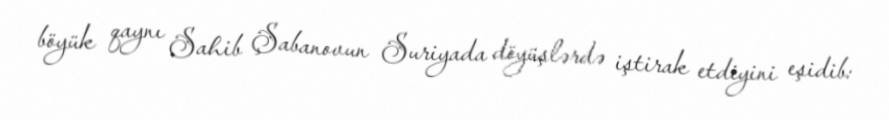
böyük qaynı Sahib Şabanovun Suriyada döyüşlərdə iştirak etdiyini eşidib: